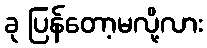
ခု ပြန်တော့မလို့လား